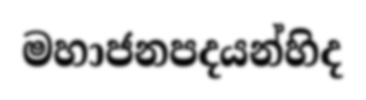
මහාජනපදයන්හිද